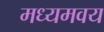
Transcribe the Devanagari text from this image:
मध्यमवय